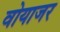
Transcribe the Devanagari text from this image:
वोयाजर